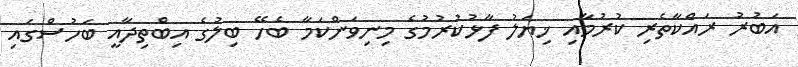
އަބުރު ރައްކާތެރި ކުރުމާއި ޚިޔަލު ފާޅުކުރުމުގެ މިނިވަންކަމާ ބެހޭ ބިލުގެ އިބްތިދާއީ ބަހުސްގައި